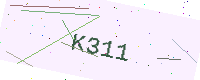
Text: K311